Leaving Certificate Examination (including Day School Certificate (Higher) General paper), 1929
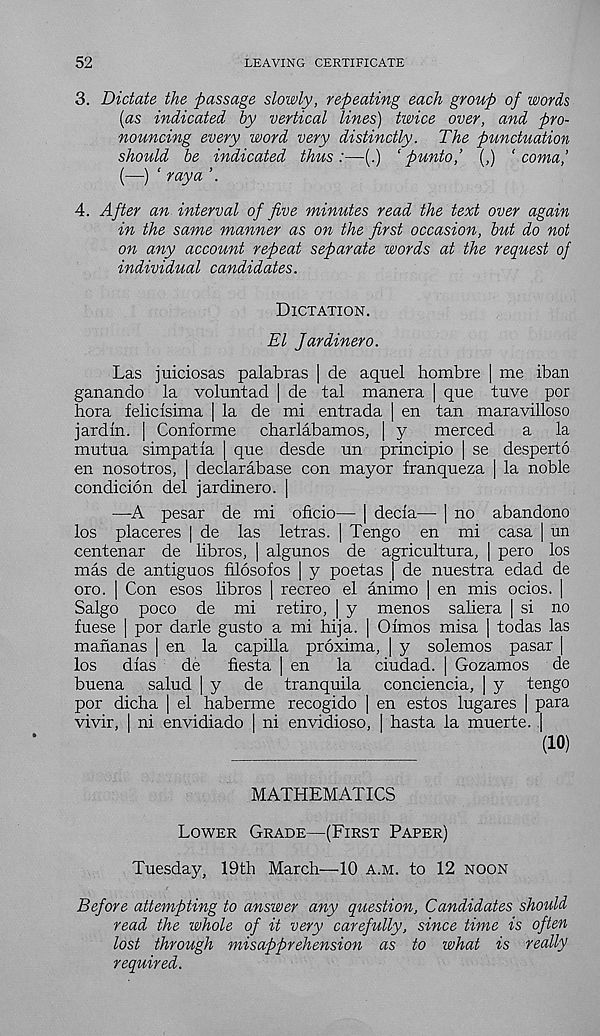
52
LEAVING CERTIFICATE
3. Dictate the passage slowly, repeating each group of words
[as indicated by vertical lines) twice over, and pro-
nouncing every word very distinctly. The punctuation
should be indicated thus:—(.) ‘ punto,’ (,) ‘coma,’
{—) ‘ raya
4. After an interval of five minutes read the text over again
in the same manner as on the first occasion, but do not
on any account repeat separate words at the request of
individual candidates.
Dictation.
El Jardinero.
Las juiciosas palabras | de aquel hombre | me iban
ganando la voluntad [ de tal manera | que tuve por
bora feliclsima | la de mi entrada | en tan maravilloso
jardln. | Conforme
charlabamos, | y
merced
a
la
mutua simpatla | que desde un principio | se desperto
en nosotros, | declarabase con mayor franqueza | la noble
condicion del jardinero. |
—A pesar de mi oficio— | decla— | no abandono
los placeres | de las letras. | Tengo en mi casa | un
centenar de libros, | algunos de agricultura, | pero los
mas de antiguos filosofos | y poetas de nuestra edad de
oro. | Con esos libros | recreo el animo | en mis ocios. |
Salgo poco de mi retiro, | y menos saliera | si no
fuese | por darle gusto a mi hija. | Oimos misa | todas las
mananas | en la capilla proxima, | y solemos pasar |
los
dlas
de
fiesta | en
la ciudad. ] Gozamos de
buena salud | y de tranquila conciencia, | y tengo
por dicha | el haberme recogido | en estos lugares | para
vivir, | ni envidiado | ni envidioso, | hasta la muerte..[
(10)
MATHEMATICS
Lower Grade—(First Paper)
Tuesday, 19th March—10 a.m. to 12 noon
Before attempting to answer any question, Candidates should
read the whole of it very carefully, since time is often
lost through misapprehension as to what is really
required.